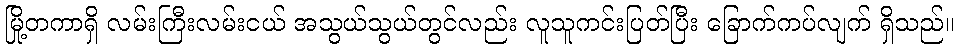
မြို့တကာရှိ လမ်းကြီးလမ်းငယ် အသွယ်သွယ်တွင်လည်း လူသူကင်းပြတ်ပြီး ခြောက်ကပ်လျက် ရှိသည်။